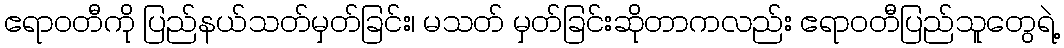
ဧရာဝတီကို ပြည်နယ်သတ်မှတ်ခြင်း၊ မသတ် မှတ်ခြင်းဆိုတာကလည်း ဧရာဝတီပြည်သူတွေရဲ့